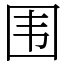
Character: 围